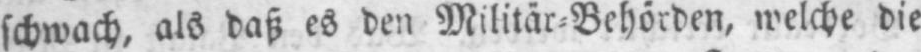
schwach, als daß es den Militär⸗Behörden, welche die